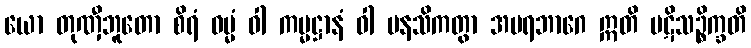
ယော တုဏှီဘူတော စိရံ ဓမ္မံ ဝါ ကမ္မဋ္ဌာနံ ဝါ မနသိကတွာ အပရဘာဂေ ဣတိ ပဋိသဉ္စိက္ခတိ